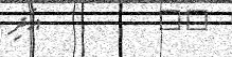
٤٢         އަދި